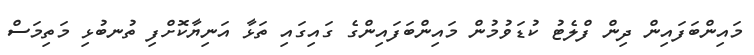
މައިންބަފައިން ދިން ފްލެޓު ކުޑަވުމުން މައިންބަފައިންގެ ގައިގައި ތަޅާ އަނިޔާކޮށްފި ތުނބުޅި މަތިމަސް